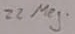
Text: 22Meg.